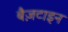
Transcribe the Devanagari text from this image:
बैज़टाइन